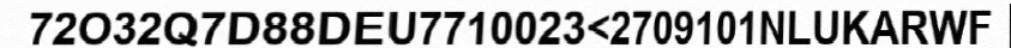
72O32Q7D88DEU7710023<2709101NLUKARWF